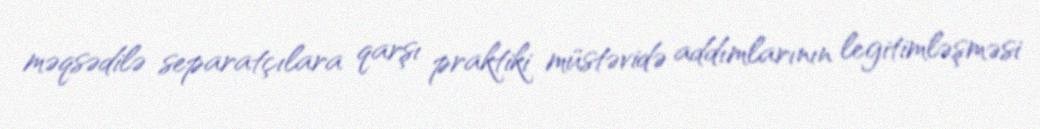
məqsədilə separatçılara qarşı praktiki müstəvidə addımlarının legitimləşməsi